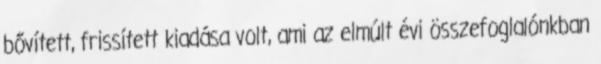
bővített, frissített kiadása volt, ami az elmúlt évi összefoglalónkban